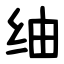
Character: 䌷